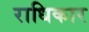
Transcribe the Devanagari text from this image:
राधिकार